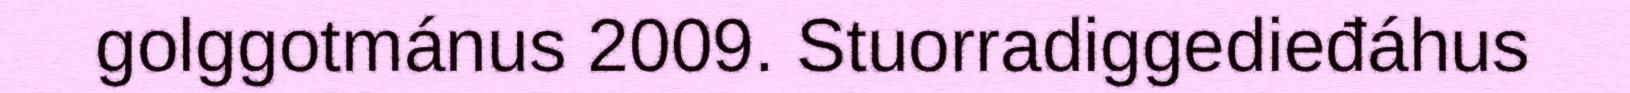
golggotmánus 2009. Stuorradiggedieđáhus